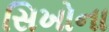
સિખોના